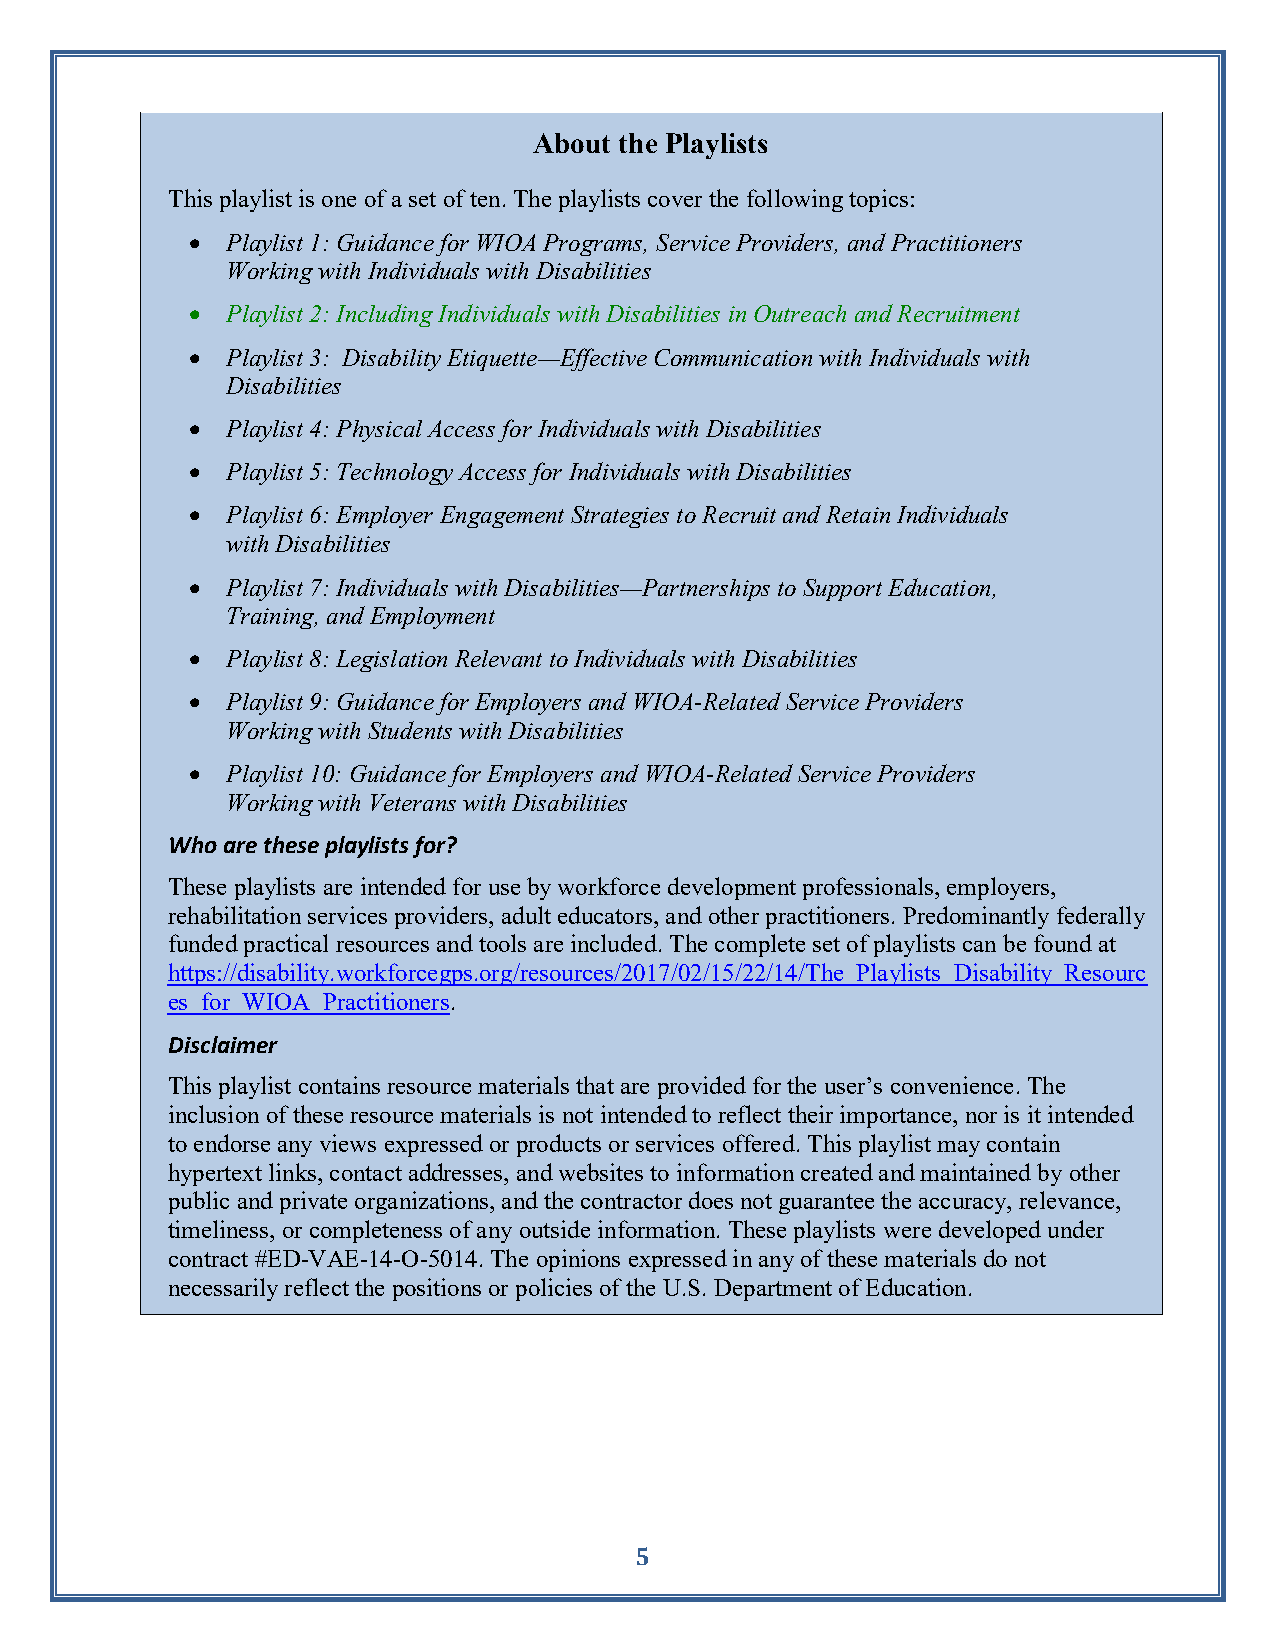
About the Playlists
 This playlist is one of a set of ten. The playlists cover the following topics:
   Playlist 1: Guidance for WIOA Programs, Service Providers, and Practitioners
 Working with Individuals with Disabilities
   Playlist 2: Including Individuals with Disabilities in Outreach and Recruitment
   Playlist 3: Disability Etiquette—Effective Communication with Individuals with
 Disabilities
   Playlist 4: Physical Access for Individuals with Disabilities
   Playlist 5: Technology Access for Individuals with Disabilities
   Playlist 6: Employer Engagement Strategies to Recruit and Retain Individuals
 with Disabilities
   Playlist 7: Individuals with Disabilities—Partnerships to Support Education,
 Training, and Employment
   Playlist 8: Legislation Relevant to Individuals with Disabilities
   Playlist 9: Guidance for Employers and WIOA-Related Service Providers
 Working with Students with Disabilities
   Playlist 10: Guidance for Employers and WIOA-Related Service Providers
 Working with Veterans with Disabilities
 Who are these playlists for?
 These playlists are intended for use by workforce development professionals, employers,
 rehabilitation services providers, adult educators, and other practitioners. Predominantly federally
 funded practical resources and tools are included. The complete set of playlists can be found at
 https://disability.workforcegps.org/resources/2017/02/15/22/14/The_Playlists_Disability_Resourc
 es_for_WIOA_Practitioners.
 Disclaimer
 This playlist contains resource materials that are provided for the user’s convenience. The
 inclusion of these resource materials is not intended to reflect their importance, nor is it intended
 to endorse any views expressed or products or services offered. This playlist may contain
 hypertext links, contact addresses, and websites to information created and maintained by other
 public and private organizations, and the contractor does not guarantee the accuracy, relevance,
 timeliness, or completeness of any outside information. These playlists were developed under
 contract #ED-VAE-14-O-5014. The opinions expressed in any of these materials do not
 necessarily reflect the positions or policies of the U.S. Department of Education.
 5